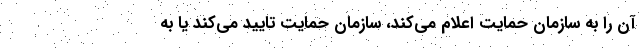
آن را به سازمان حمايت اعلام مي‌كند، سازمان حمايت تاييد مي‌كند يا به